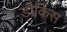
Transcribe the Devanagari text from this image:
डौकिंस